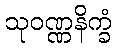
သုဝဏ္ဏနိက္ခံ